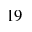
_ { 1 9 }